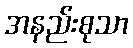
အနည်းစုသာ